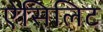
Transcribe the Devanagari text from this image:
ऐसिलिट